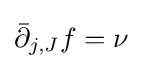
{\bar {\partial }}_{j,J}f=\nu